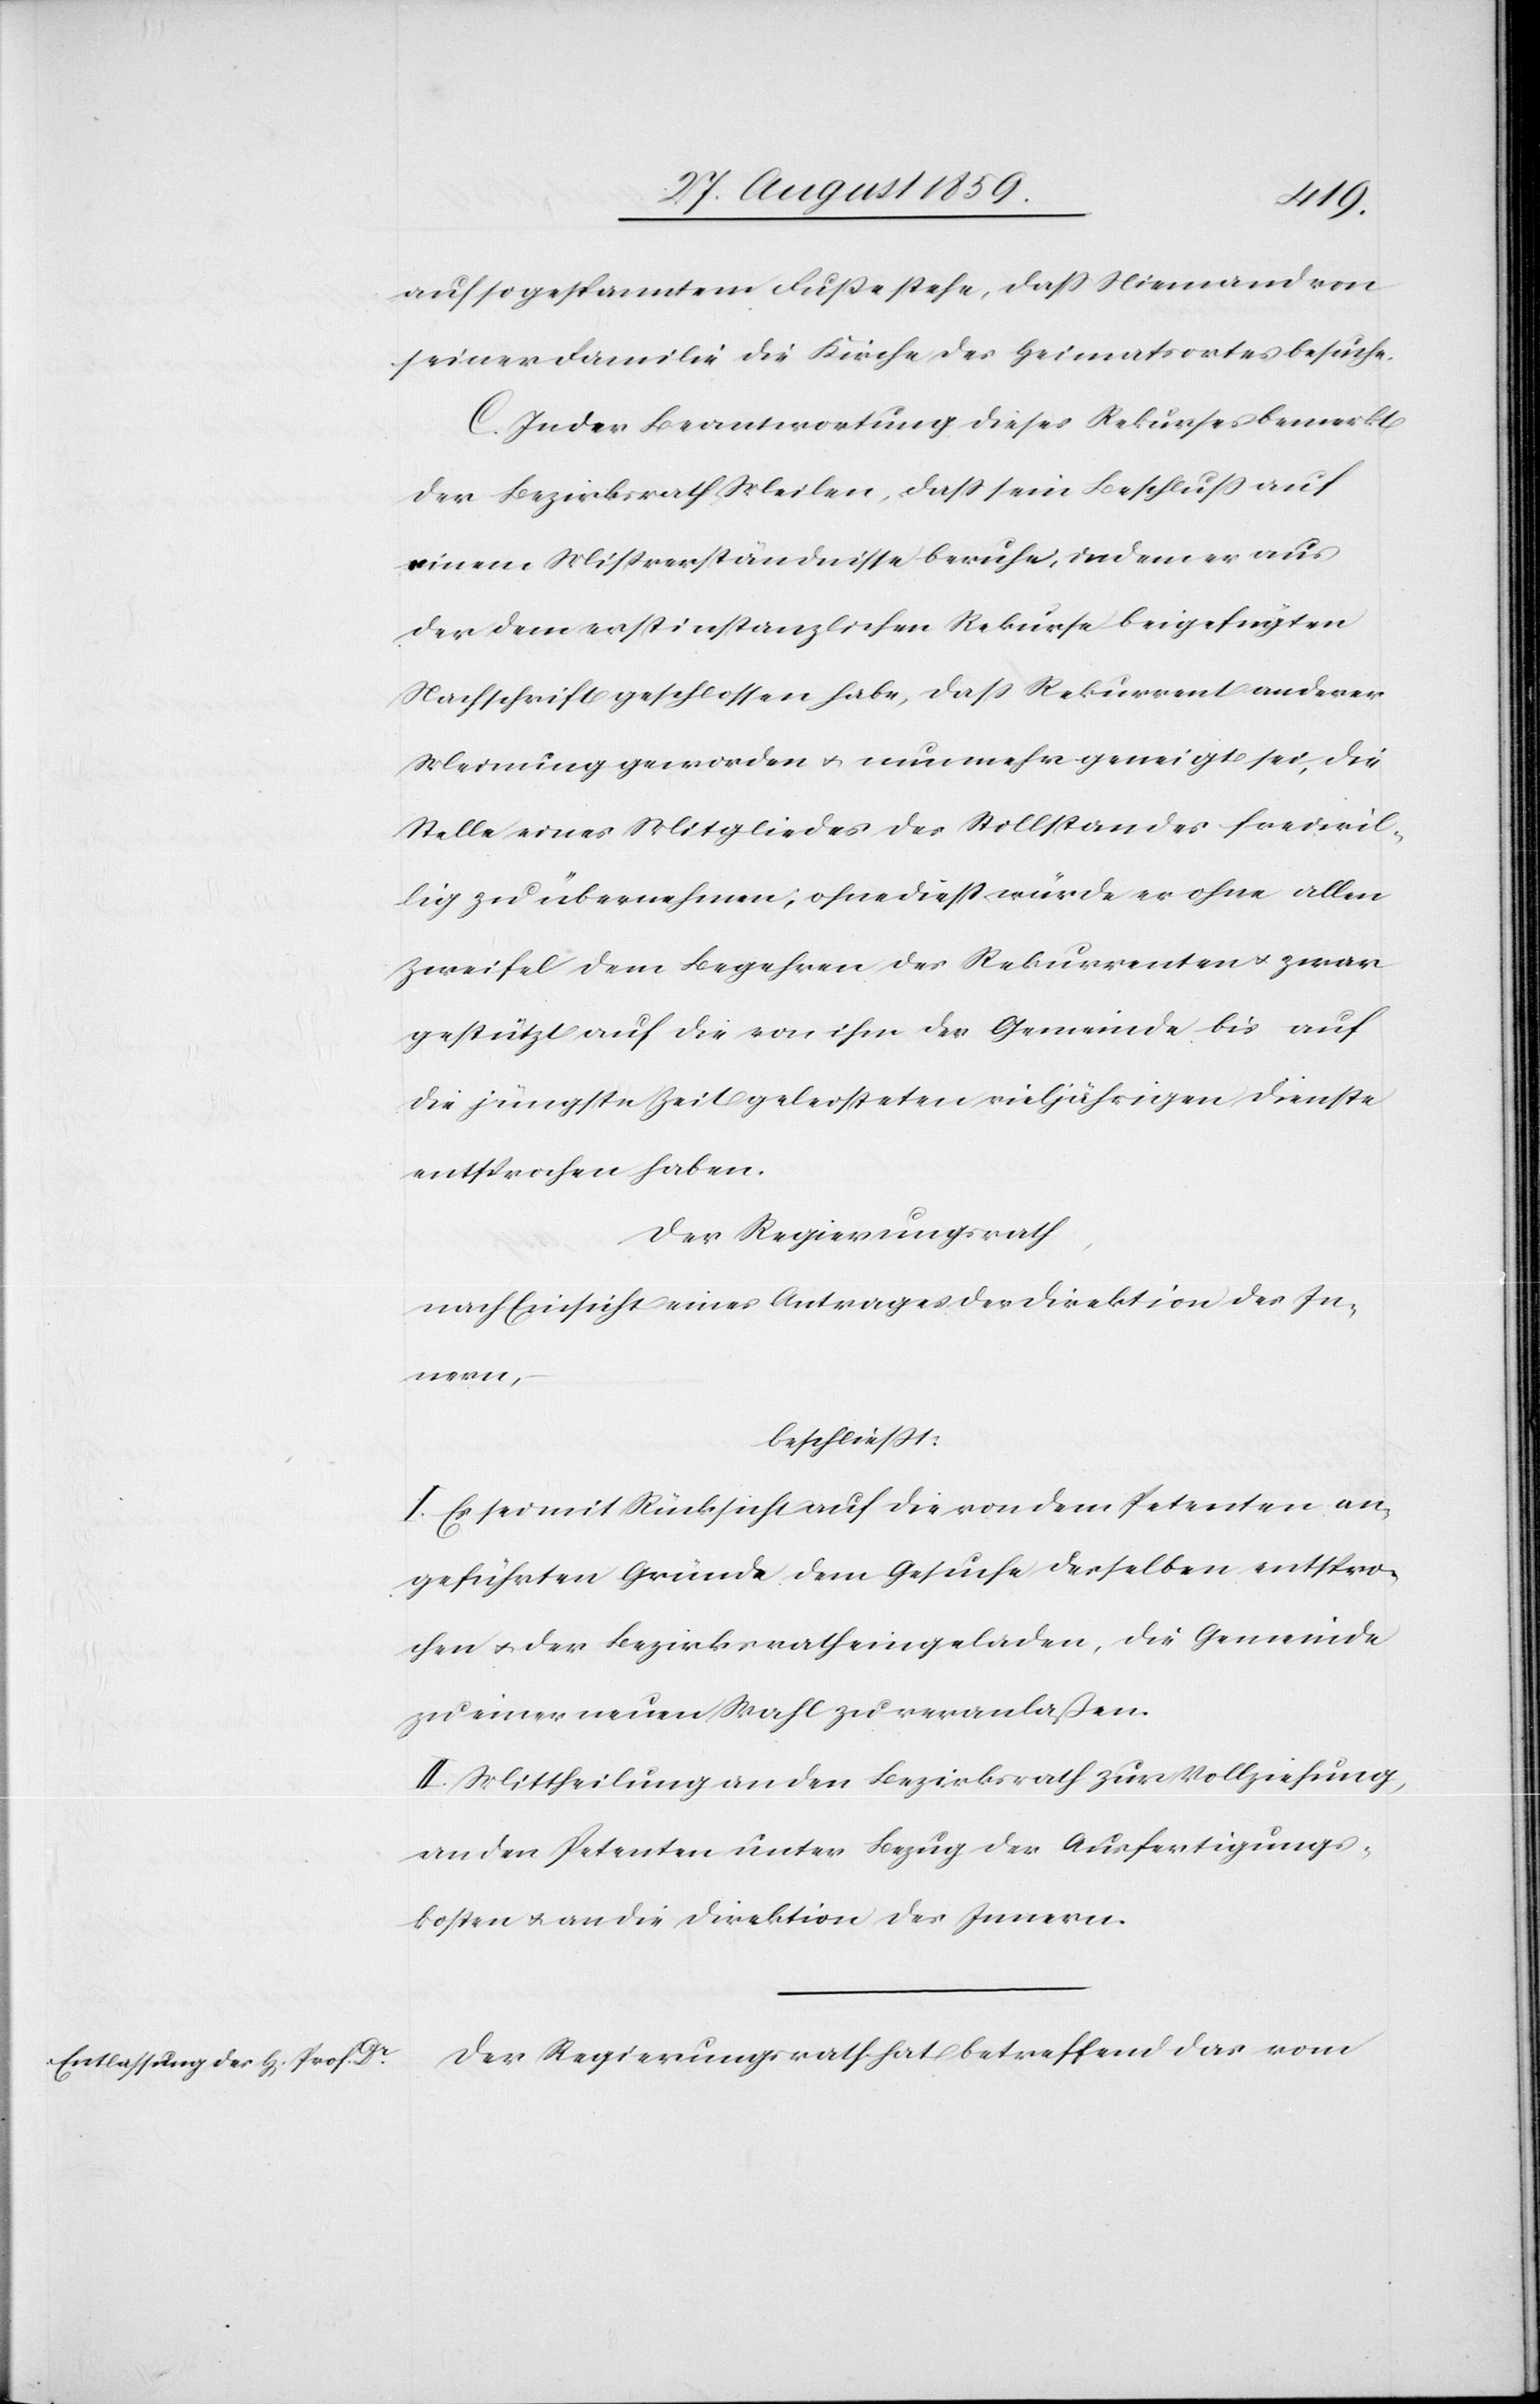
auf so gespanntem Fuße stehe, daß Niemand von
seiner Familie die Kirche des Heimatsortes besuche.
C. In der Beantwortung dieses Rekurses bemerkt
der Bezirksrath Meilen, daß sein Beschluß auf
einem Mißverständnisse beruhe, indem er aus
der dem erstinstanzlichen Rekurse beigefügten
Nachschrift geschlossen habe, daß Rekurrent anderer
Meinung geworden & nunmehr geneigt sei, die
Stelle eines Mitgliedes des Stillstandes freiwil¬
lig zu übernehmen, ohne dieß würde er ohne allen
Zweifel dem Begehren des Rekurrenten & zwar
gestützt auf die von ihm der Gemeinde bis auf
die jüngste Zeit geleisteten vieljährigen Dienste
entsprochen haben.
Der Regierungsrath,
nach Einsicht eines Antrages der Direktion des In¬
nern,
beschließt:
I. Es sei mit Rücksicht auf die von dem Petenten an¬
geführten Gründe dem Gesuche desselben entspro¬
chen & der Bezirksrath eingeladen, die Gemeinde
zu einer neuen Wahl zu veranlaßen.
II. Mittheilung an den Bezirksrath zur Vollziehung,
an den Petenten unter Bezug der Ausfertigungs¬
kosten & an die Direktion des Innern.
Der Regierungsrath hat betreffend das vom